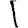
Digit: 1